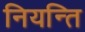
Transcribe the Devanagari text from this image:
नियन्ति